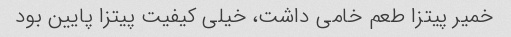
خمیر پیتزا طعم خامی داشت، خیلی کیفیت پیتزا پایین بود